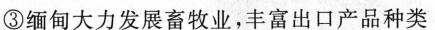
③缅甸大力发展畜牧业，丰富出口产品种类